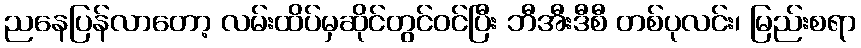
ညနေပြန်လာတော့ လမ်းထိပ်မှဆိုင်တွင်ဝင်ပြီး ဘီအီးဒီစီ တစ်ပုလင်း၊ မြည်းစရာ